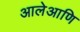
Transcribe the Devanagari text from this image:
आलेआणि